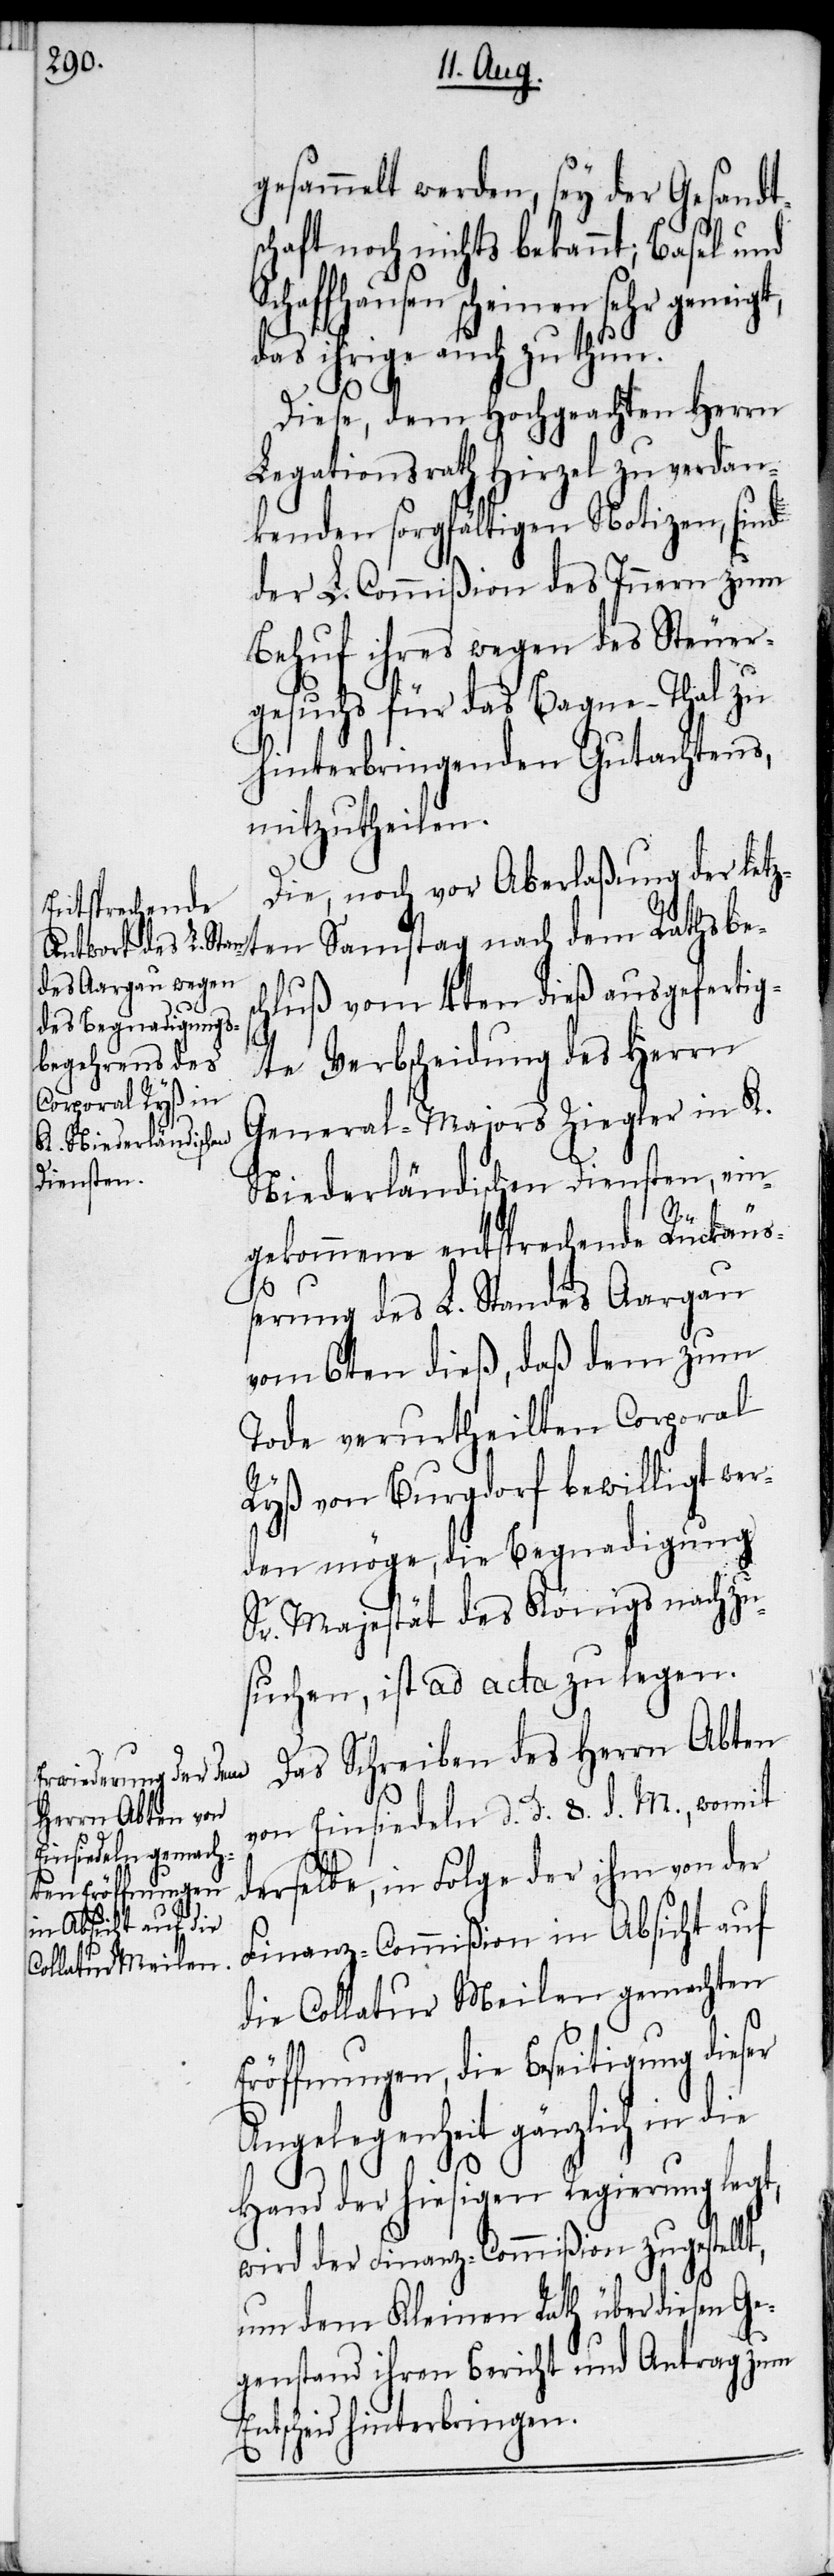
gesammelt werden, sey der Gesandt¬
schaft noch nichts bekannt; Basel und
Schaffhausen scheinen sehr geneigt,
das ihrige auch zu thun.
Diese, dem Hochgeachten Herrn
Legationsrath Hirzel zu verdan¬
kenden sorgfältigen Notizen, sind
der L. Commißion des Innern zum
Behuf ihres wegen des Steuer¬
gesuchs für das Bagne-Thal zu
hinterbringenden Gutachtens,
mitzutheilen.
Die, noch vor Aberlaßung der letz¬
ten Samstag nach dem Rathsbe¬
hluß vom 4ten dieß ausgefertig¬
te Verbscheidung des Herrn
General-Majors Ziegler in K.
Niederländischen Diensten, ein¬
tsc¬
gekommene entsprechende Rückäuß¬
erung des L. Standes Aargau
vom 6ten dieß, daß dem zum
Tode veurtheilten Corporal
Ryß von Burgdorf bewilligt wer¬
den möge, die Begnadigung
Sr. Majestät des Königs nachzu¬
suchen, ist ad acta zu legen.
Das Schreiben des Herrn Abten
von Einsiedeln d. d. 8. d. M., womit
derselbe, in Folge der ihm von der
Finanz-Commißion in Absicht auf
die Collatur Meilen gemachten
Eröffnungen, die Beseitigung dieser
Angelegenheit gänzlich in
Hand der hiesigen Regierung legt,
wird der Finanz-Commißion zugestellt,
um dem Kleinen Rath über diesen Ge¬
genstand ihren Bericht und Antrag zum
heid [zu] hinterbringen.